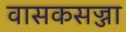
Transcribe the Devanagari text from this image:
वासकसज्जा